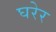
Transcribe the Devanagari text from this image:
घरेर